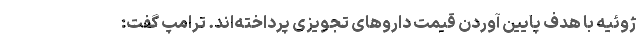
ژوئیه با هدف پایین آوردن قیمت داروهای تجویزی پرداخته‌اند. ترامپ گفت: